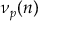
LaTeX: \nu _ { p } ( n )